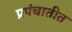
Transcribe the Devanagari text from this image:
प्रपंचातीत